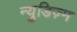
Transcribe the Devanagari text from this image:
न्युडिज़्म